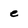
Character: e